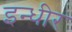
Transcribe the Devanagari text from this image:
इन्धीर